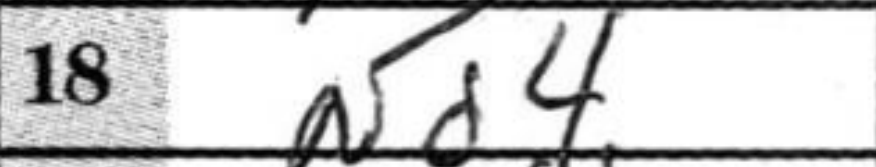
Transcription: Nd4